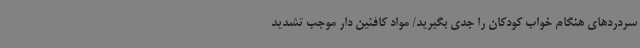
سردردهای هنگام خواب کودکان را جدی بگیرید/ مواد کافئین دار موجب تشدید